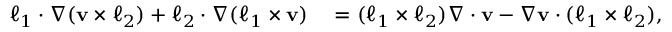
\begin{array} { r l } { \boldsymbol { \ell } _ { 1 } \cdot \nabla ( \mathbf { v } \times \boldsymbol { \ell } _ { 2 } ) + \boldsymbol { \ell } _ { 2 } \cdot \nabla ( \boldsymbol { \ell } _ { 1 } \times \mathbf { v } ) } & { { } = ( \boldsymbol { \ell } _ { 1 } \times \boldsymbol { \ell } _ { 2 } ) \nabla \cdot \mathbf { v } - \nabla \mathbf { v } \cdot ( \boldsymbol { \ell } _ { 1 } \times \boldsymbol { \ell } _ { 2 } ) , } \end{array}